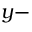
y -